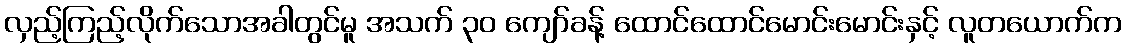
လှည့်ကြည့်လိုက်သောအခါတွင်မူ အသက် ၃၀ ကျော်ခန့် ထောင်ထောင်မောင်းမောင်းနှင့် လူတယောက်က